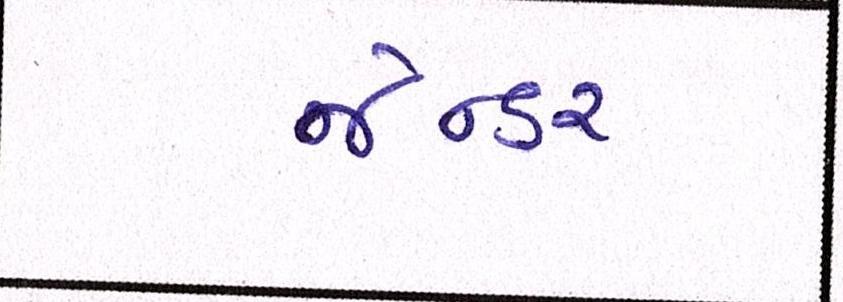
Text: જેન્ડર